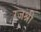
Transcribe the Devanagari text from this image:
रजश्री